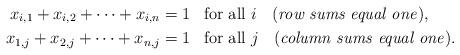
LaTeX: \begin{align*}x_{i,1} + x_{i,2} + \cdots + x_{i,n} &= 1 \textrm{ \, for all $i$ \; \textrm(\emph{row sums equal one})}, \\x_{1,j} + x_{2,j} + \cdots + x_{n,j} &= 1 \textrm{ \, for all $j$ \; (\emph{column sums equal one})}.\end{align*}